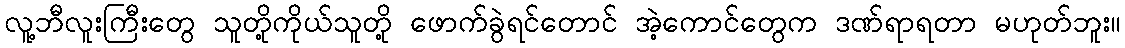
လူ့ဘီလူးကြီးတွေ သူတို့ကိုယ်သူတို့ ဖောက်ခွဲရင်တောင် အဲ့ကောင်တွေက ဒဏ်ရာရတာ မဟုတ်ဘူး။